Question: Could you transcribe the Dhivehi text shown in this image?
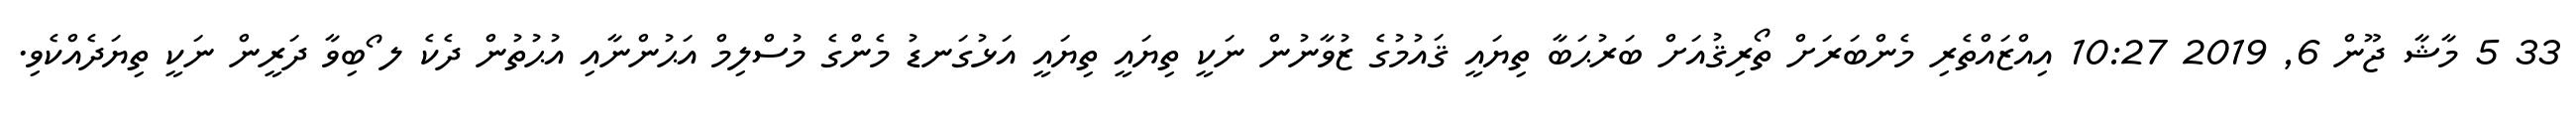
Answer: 33 5 މާޝާ ޖޫން 6, 2019 10:27 އިއްޒައްތެރި މެންބަރަށް ތޯރިޤުއަށް ބަރުޙަބާ ތިޔައީ ޤައުމުގެ ޒުވާނުން ނަކީ ތިޔައީ ތިޔައީ އަޅުގަނޑު މެންގެ މުސްލިމް އަޙުންނާއި އުޙުތުން ދެކެ ލ ޯބިވާ ދަރީން ނަކީ ތިޔަދެއްކެވި.